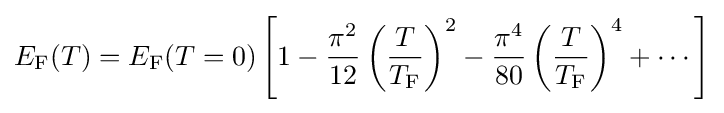
E_{\rm {F}}(T)=E_{\rm {F}}(T=0)\left[1-{\frac {\pi ^{2}}{12}}\left({\frac {T}{T_{\rm {F}}}}\right)^{2}-{\frac {\pi ^{4}}{80}}\left({\frac {T}{T_{\rm {F}}}}\right)^{4}+\cdots \right]